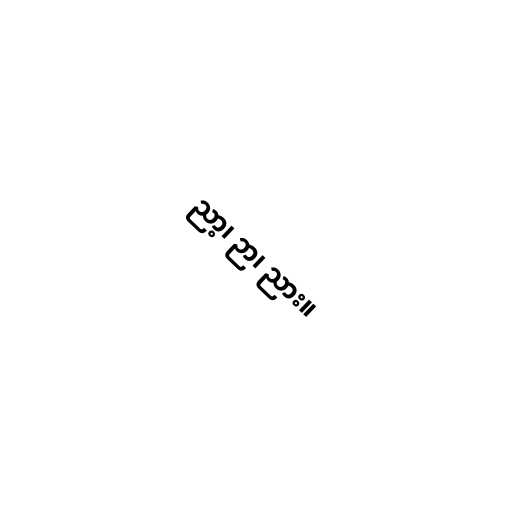
ညာ့၊ ဉာ၊ ညား။